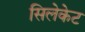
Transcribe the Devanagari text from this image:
सिलेकेट